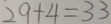
2 9 + 4 = 3 3